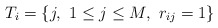
\begin{align*}T_i = \{j,\ 1\leq j\leq M, \ r_{ij}= 1\}\end{align*}